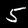
Digit: 5